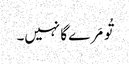
تُو مَرے گا نہیں۔